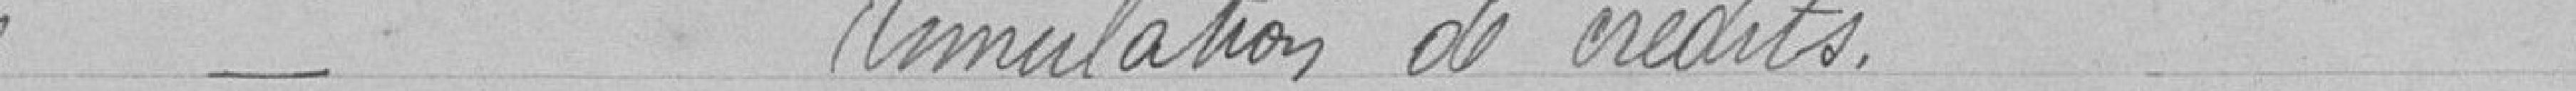
Annulation de crédits.